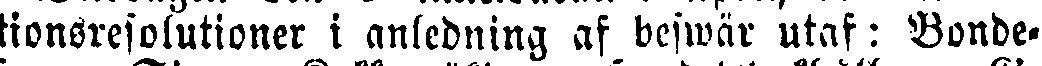
tionsresolutioner i anledning af beswär utaf: Bonde-